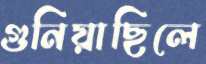
গুনিয়াছিলে